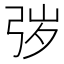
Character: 㢷